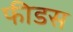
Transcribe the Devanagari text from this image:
फीडस